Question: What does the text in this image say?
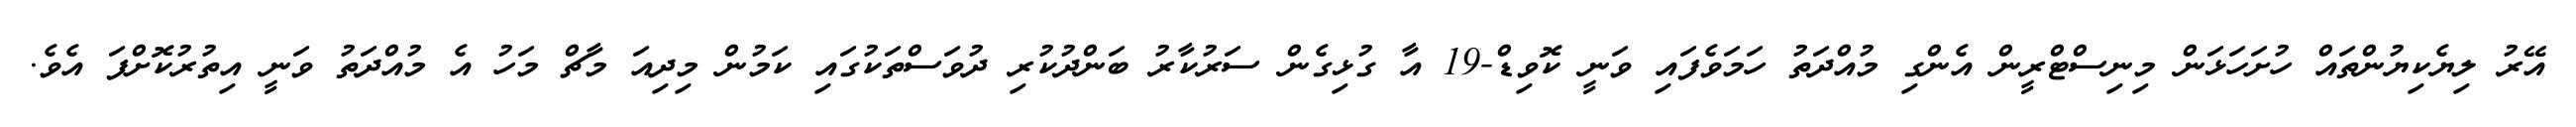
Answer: އޭރު ލިޔެކިޔުންތައް ހުށަހަޅަން މިނިސްޓްރީން އެންގި މުއްދަތު ހަމަވެފައި ވަނީ ކޮވިޑް-19 އާ ގުޅިގެން ސަރުކާރު ބަންދުކުރި ދުވަސްތަކުގައި ކަމުން މިދިއަ މާޗް މަހު އެ މުއްދަތު ވަނީ އިތުރުކޮށްފަ އެވެ.